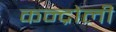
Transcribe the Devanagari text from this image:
कन्द्रोली